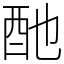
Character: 酏